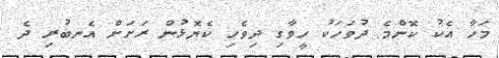
މަހާ އެކު ކޮންމެ ދުވަހަކު ހީވާގި ދިވެހި ކެޔޮޅުން ރަށަށް އެނބުރި ދެ